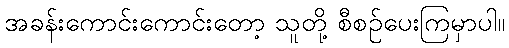
အခန်းကောင်းကောင်းတော့ သူတို့ စီစဉ်ပေးကြမှာပါ။